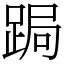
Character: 跼